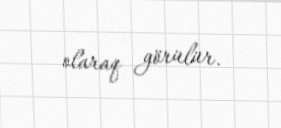
olaraq görülür.